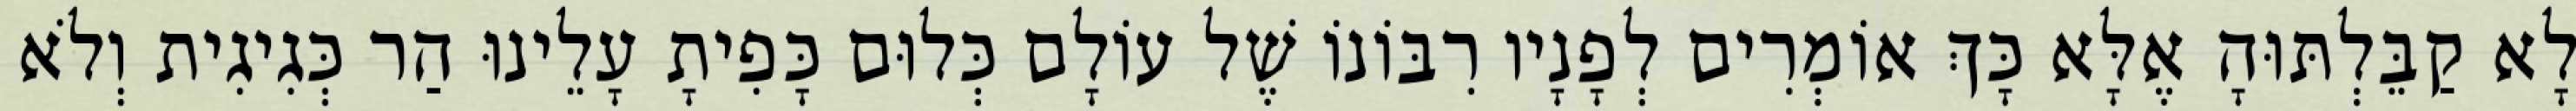
לָא קַבֵּלְתּוּהָ אֶלָּא כָּךְ אוֹמְרִים לְפָנָיו רִבּוֹנוֹ שֶׁל עוֹלָם כְּלוּם כָּפִיתָ עָלֵינוּ הַר כְּגִיגִית וְלֹא